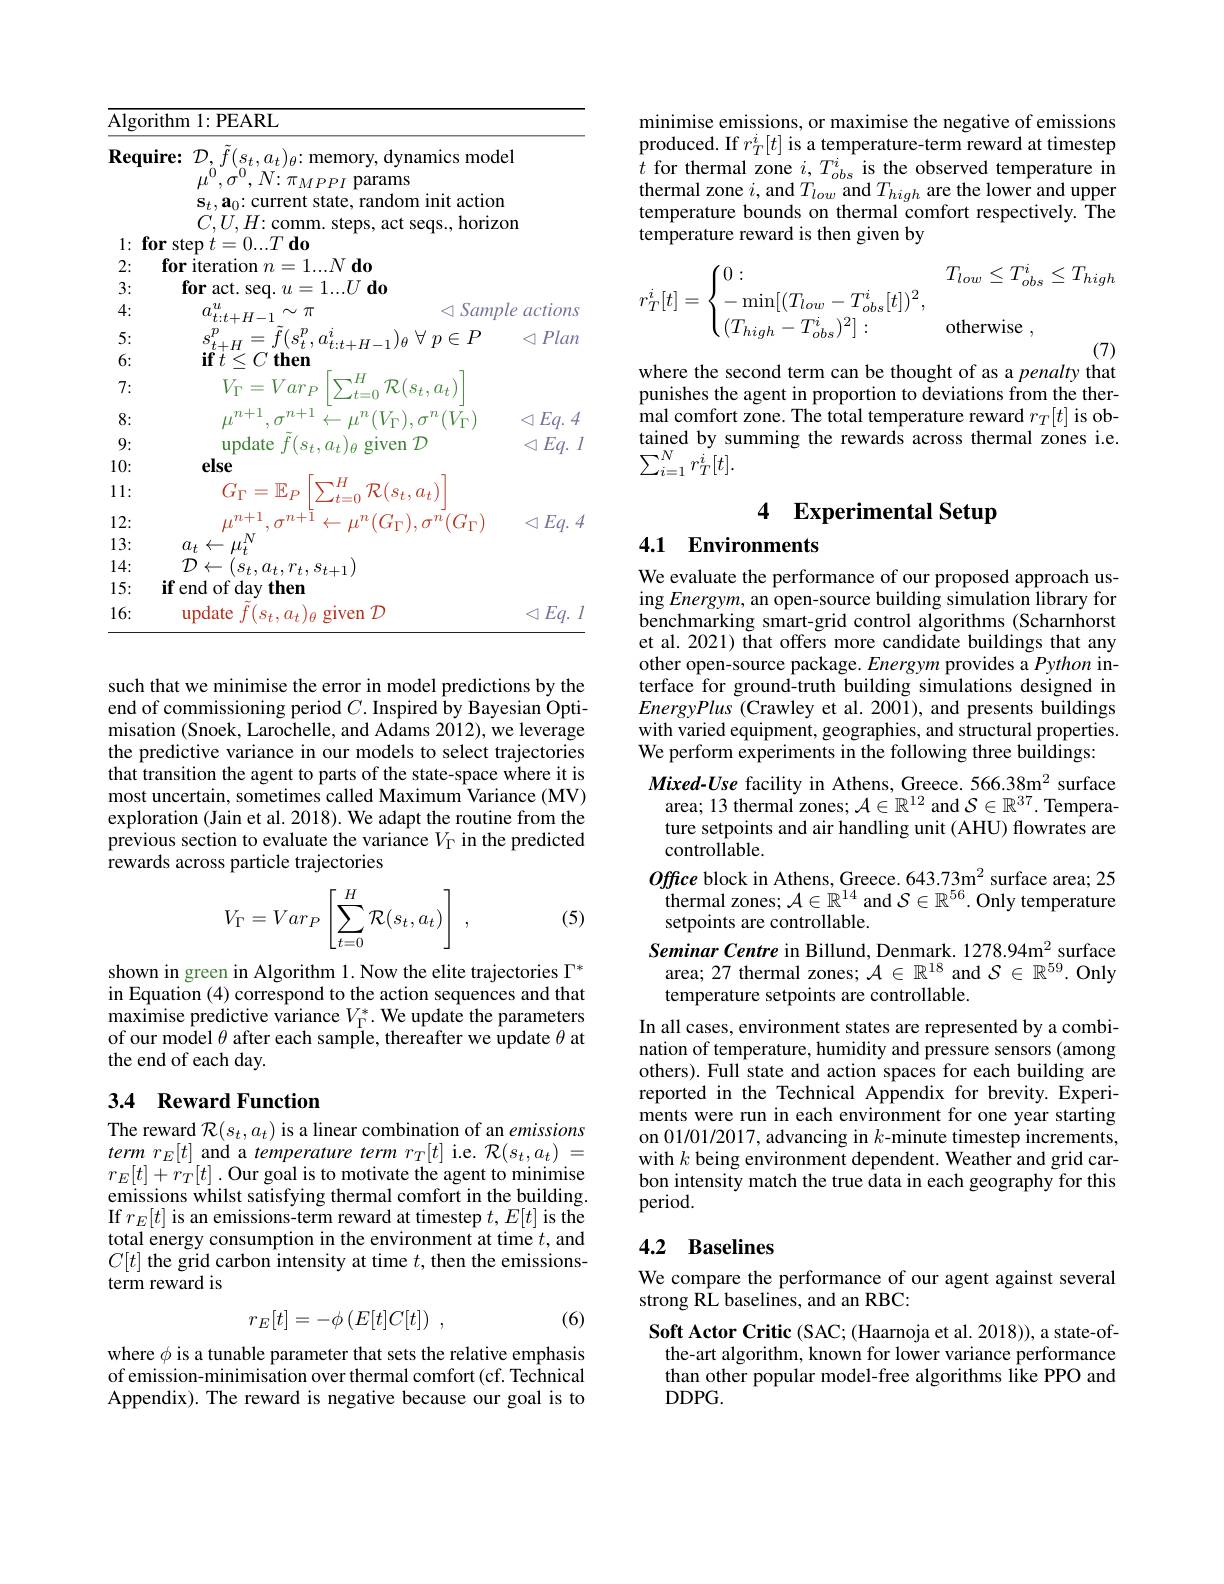
<table>
	<tbody>
		<tr>
			<td>$\underline{{\overline{{\mathrm{Algor}}}}}$</td>
			<td>rithm 1:PEARL</td>
			<td> </td>
		</tr>
		<tr>
			<td>Requ</td>
			<td>$\textbf{ire: }{\mathcal{D} }, {\ddot{f} }( s_{t}, a_{t}) _{\theta }\nobreak {: } $memory, dynamics mod $\mu^{0},\sigma^{0},N{:}\pi_{MPPI}$ params 11 $\mathbf{s}_{t},\mathbf{a}_{0}\colon$current state, random init actio $CTH\cdot comm$ t sens hori ronc r</td>
			<td>$1el$ $n$ $20n$</td>
		</tr>
		<tr>
			<td>$fo$ 1: A</td>
			<td>sten $t=0...T\mathbf{do}$ MT</td>
			<td>P</td>
		</tr>
		<tr>
			<td>$\mathcal{D}:$ 4.</td>
			<td>$\sec{4}.u=$ $1\ldots , 0$ 00 $u$ T</td>
			<td> </td>
		</tr>
		<tr>
			<td>4:</td>
			<td>$t{:}t+H{-1}$ 77 N 77</td>
			<td>Dle actlons</td>
		</tr>
		<tr>
			<td>5:</td>
			<td>$t+H$ $4.4+U_{1}|A\times U=\Gamma$</td>
			<td>Plan</td>
		</tr>
		<tr>
			<td>6:</td>
			<td>$\mathbf{if}t<C\mathbf{then}$</td>
			<td> </td>
		</tr>
		<tr>
			<td>7:</td>
			<td>$V_{\Gamma}=Var_{P}$ $,H$ $\mathcal{R}(s_t,a_t)$ +-0</td>
			<td> </td>
		</tr>
		<tr>
			<td>8:</td>
			<td>$^{\imath}(V_{\Gamma}),\sigma^{n}(V_{\Gamma}$</td>
			<td>$Eq.$ 4</td>
		</tr>
		<tr>
			<td>9:</td>
			<td>update $f(s_{t},a_{t})_{\theta}$ 1 given $D$</td>
			<td>$Eq.$ T 1</td>
		</tr>
		<tr>
			<td>10:</td>
			<td>else</td>
			<td> </td>
		</tr>
		<tr>
			<td>11:</td>
			<td>$G_{\Gamma}=\mathbb{E}_{P}$ $\mathcal{R}(s_t,a_t)$ $\angle t=0$</td>
			<td> </td>
		</tr>
		<tr>
			<td>12:</td>
			<td>$,^{n}(G_{\Gamma}),\sigma^{n}(G_{\Gamma})$ 72.- 上 $11^{\prime}$</td>
			<td>$Eq.$</td>
		</tr>
		<tr>
			<td>13:</td>
			<td>$a_{t}\leftarrow$</td>
			<td> </td>
		</tr>
		<tr>
			<td>14:</td>
			<td>$\mathcal{D}\leftarrow$ $s_{t},a_{t},r_{t},s_{t+1}$</td>
			<td> </td>
		</tr>
		<tr>
			<td>15:</td>
			<td>$\textbf{if end of day then}$</td>
			<td> </td>
		</tr>
		<tr>
			<td>16:</td>
			<td>$\operatorname{update}$ $f(s_{t},a_{t})_{\theta}$ given $\mathcal{D}$</td>
			<td>$Eq.$</td>
		</tr>
	</tbody>
</table>

such that we minimise the error in model predictions by the end of commissioning period $C.$ Inspired by Bayesian Optimisation (Snoek, Larochelle, and Adams 2012), we leverage the predictive variance in our models to select trajectories that transition the agent to parts of the state-space where it is most uncertain, sometimes called Maximum Variance (MV) exploration (Jain et al. 2018). We adapt the routine from the previous section to evaluate the variance $V_\Gamma$ in the predicted rewards across particle trajectories
$$V_\Gamma=Var_P\left[\sum_{t=0}^H\mathcal{R}(s_t,a_t)\right]\:,$$
(5)

shown in green in Algorithm 1.Now the elite trajectories $\Gamma^*$ in Equation (4) correspond to the action sequences and that $\operatorname*{maximise}_{\mathrm{~predictive~variance~}V_{\Gamma}^{*}.\text{ We update the parameters}}$ of our model $\theta$ after each sample, thereafter we update $\theta$ at the end of each day.

## 3.4 Reward Function

The reward $\mathcal{R}(s_t,a_t)$ is a linear combination of an emissions $\begin{array}{l}term\:r_E[t]\:\mathrm{and~a~temperature~term~}r_T[t]\:\mathrm{i.e.~}\mathcal{R}(s_t,a_t)=\\r_E[t]+r_T[t]\:.\text{Our goal is to motivate the agent to minimise}\\\text{emissions whilst satisfying thermal comfort in the building.}\end{array}$ If $r_E[t]$ is an emissions-term reward at timestep $t,E[t]$ is the total energy consumption in the environment at time $t$,and $C[t]$ the grid carbon intensity at time $t$,then the emissionsterm reward is

(6)
$$r_E[t]=-\phi\left(E[t]C[t]\right)\:,$$
where $\phi$ is a tunable parameter that sets the relative emphasis of emission-minimisation over thermal comfort (cf. Technical Appendix). The reward is negative because our goal is to

minimise emissions, or maximise the negative of emissions $\begin{array}{l}\text{produced. If }r_T^i[t]\text{ is a temperature-term reward at timestep}\\t\text{ for thermal zone }i,T_{obs}^i\text{ is the observed temperature in}\end{array}$ thermal zone $i$, and $T_low$ and $T_{high}$ are the lower and upper temperature bounds on thermal comfort respectively. The temperature reward is then given by
$$r_T^i[t]=\begin{cases}0:&T_{low}\leq T_{obs}^i\leq T_{high}\\-\min[(T_{low}-T_{obs}^i[t])^2,\\(T_{high}-T_{obs}^i)^2]:&\text{otherwise}\:,\end{cases}$$
where the second term can be thought of as a penalty that

punishes the agent in proportion to deviations from the thermal comfort zone. The total temperature reward $r_T[t]$ is obtained by summing the rewards across thermal zones i.e. $\sum_{i=1}^Nr_T^i[t].$

# 4 Experimental Setup

## 4.1 Environments

We evaluate the performance of our proposed approach using Energym, an open-source building simulation library for benchmarking smart-grid control algorithms (Scharnhorst et al. 2021) that offers more candidate buildings that any other open-source package. Energym provides a Python interface for ground-truth building simulations designed in $EnergyPlus ($Crawley et al. 2001) , and presents buildings with varied equipment, geographies, and structural properties. We perform experiments in the following three buildings:
Mixed-Use facility in Athens, Greece. 566.38m$^{2}$ surface area; 13 thermal zones; $\mathcal{A}\in\mathbb{R}^{12}$ and $\mathcal{S}\in\mathbb{R}^37.$ Temperature setpoints and air handling unit (AHU) flowrates are controllable.
Office block in Athens, Greece. 643.73m$^{2}$ surface area; 25 thermal zones; $\mathcal{A}\in\mathbb{R}^14$ and $\mathcal{S}\in\mathbb{R}^56.$ Only temperature setpoints are controllable.
Seminar Centre in Billund, Denmark. 1278.94m$^{2}$ surface area; 27 thermal zones; $\mathcal{A}\in\mathbb{R}^18$ and $\mathcal{S}\in\mathbb{R}^59.$ Only temperature setpoints are controllable.
In all cases, environment states are represented by a combination of temperature, humidity and pressure sensors (among others). Full state and action spaces for each building are reported in the Technical Appendix for brevity. Experiments were run in each environment for one year starting on 01/01/2017, advancing in $k$-minute timestep increments, with $k$ being environment dependent. Weather and grid carbon intensity match the true data in each geography for this period.

## 4.2 Baselines

We compare the performance of our agent against several
strong RL baselines, and an RBC:

Soft Actor Critic (SAC; (Haarnoja et al. 2018)), a state-ofthe-art algorithm, known for lower variance performance than other popular model-free algorithms like PPO and $DDPG.$